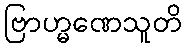
ဗြာဟ္မဏေသူတိ